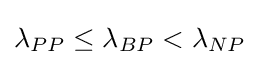
\textstyle \lambda _{PP}\leq \lambda _{BP}<\lambda _{NP}